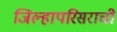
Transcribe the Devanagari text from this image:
जिल्हापरिसराची